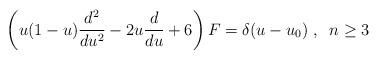
LaTeX: \begin{align*}\left(u(1-u)\frac{d^2}{du^2}-2u\frac{d}{du}+6\right)F=\delta(u-u_0)\;,\;\;n\geq 3\end{align*}